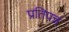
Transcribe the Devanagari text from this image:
प्रतिपन्नं